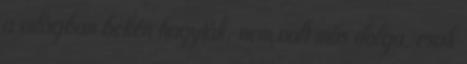
a világban békén hagyták, nem volt más dolga, csak